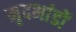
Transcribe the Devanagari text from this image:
मृदभांडों